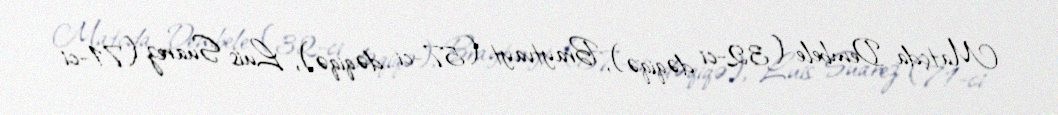
Matçda Dembele (32-ci dəqiqə), Braytvayt (57-ci dəqiqə), Luis Suarez (71-ci